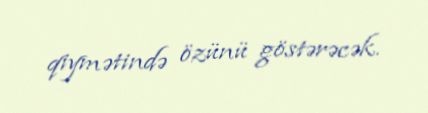
qiymətində özünü göstərəcək.